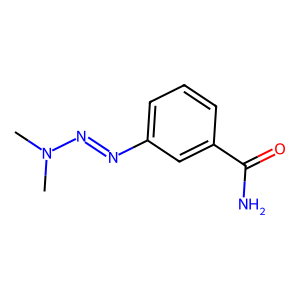
SMILES: CN(C)N=Nc1cccc(C(N)=O)c1
Inhibits HIV replication: No